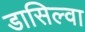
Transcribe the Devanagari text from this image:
डासिल्वा